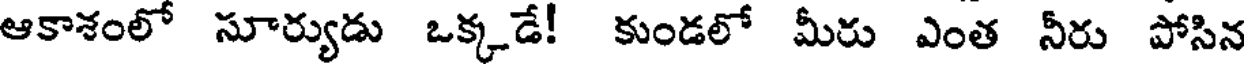
ఆకాశంలో సూర్యుడు ఒక్కడే! కుండలో మీరు ఎంత నీరు పోసిన